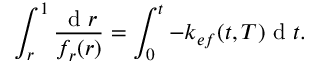
\int _ { r } ^ { 1 } \frac { \mathrm { ~ d ~ } r } { f _ { r } ( r ) } = \int _ { 0 } ^ { t } - k _ { e f } ( t , T ) \mathrm { ~ d ~ } t .